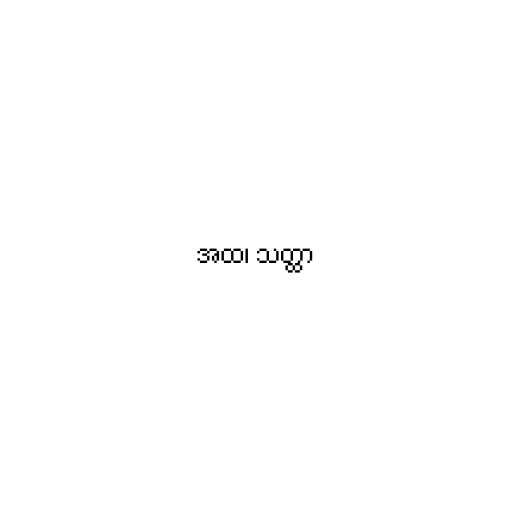
အထ၊ သတ္ထာ